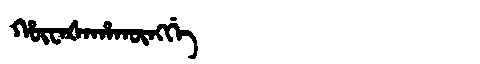
Manchu: ᡥᡡᠸᠠᡧᠠᡥᠠᡴᡡᠩᡤᡝ
Romanization: HŪWAŠAHAKŪNGGE